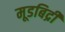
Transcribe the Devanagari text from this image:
मूडबिद्री